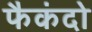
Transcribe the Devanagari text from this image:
फैकंदो